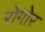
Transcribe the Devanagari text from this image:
रोगोर